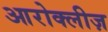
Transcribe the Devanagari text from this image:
आरोक्लीज़